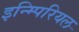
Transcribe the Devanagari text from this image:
इन्म्पिरियल